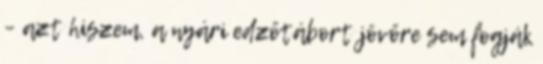
– azt hiszem, a nyári edzőtábort jövőre sem fogják